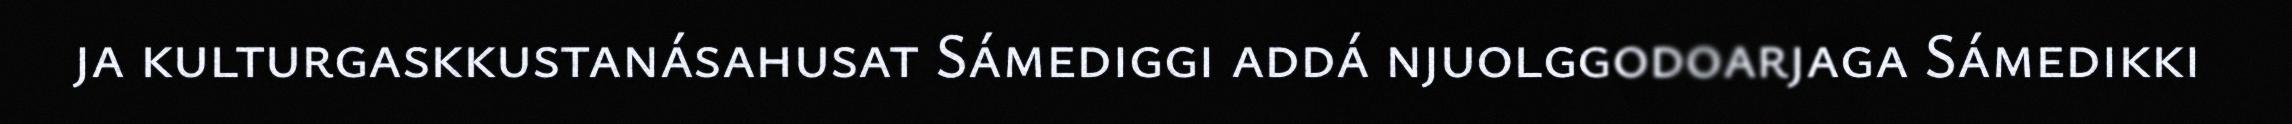
ja kulturgaskkustanásahusat Sámediggi addá njuolggodoarjaga Sámedikki